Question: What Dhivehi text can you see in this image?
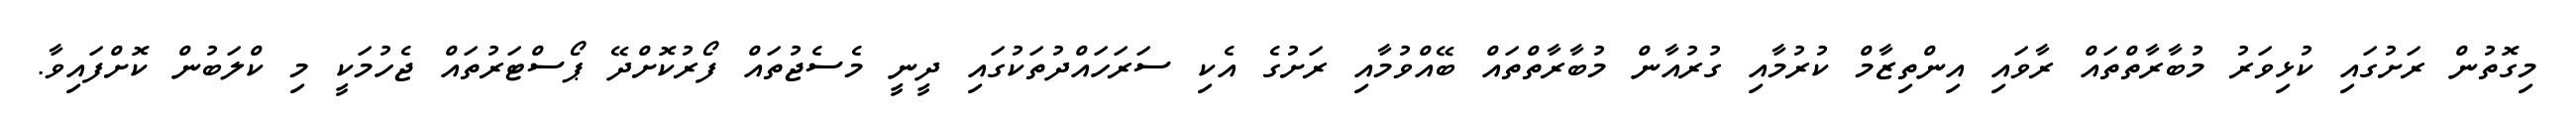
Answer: މިގޮތުން ރަށުގައި ކުޅިވަރު މުބާރާތްތައް ރާވައި އިންތިޒާމް ކުރުމާއި ގުރުއާން މުބާރާތްތައް ބޭއްވުމާއި ރަށުގެ އެކި ސަރަހައްދުތަކުގައި ދީނީ މެސެޖުތައް ފޯރުކޮށްދޭ ޕޯސްޓަރުތައް ޖެހުމަކީ މި ކްލަބުން ކޮށްފައިވާ.